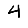
Digit: 4